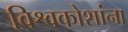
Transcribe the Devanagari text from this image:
विश्वकोशांना